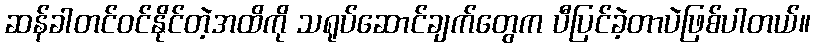
ဆန်ခါတင်ဝင်နိုင်တဲ့အထိကို သရုပ်ဆောင်ချက်တွေက ပီပြင်ခဲ့တာပဲဖြစ်ပါတယ်။